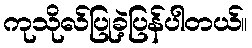
ကုသိုလ်ပြုခဲ့ပြန်ပါတယ်။